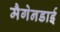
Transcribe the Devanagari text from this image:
मैगेनडाई